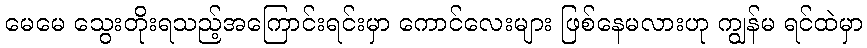
မေမေ သွေးတိုးရသည့်အကြောင်းရင်းမှာ ကောင်လေးများ ဖြစ်နေမလားဟု ကျွန်မ ရင်ထဲမှာ